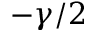
- \gamma / 2